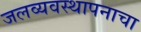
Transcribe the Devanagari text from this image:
जलव्यवस्थापनाचा